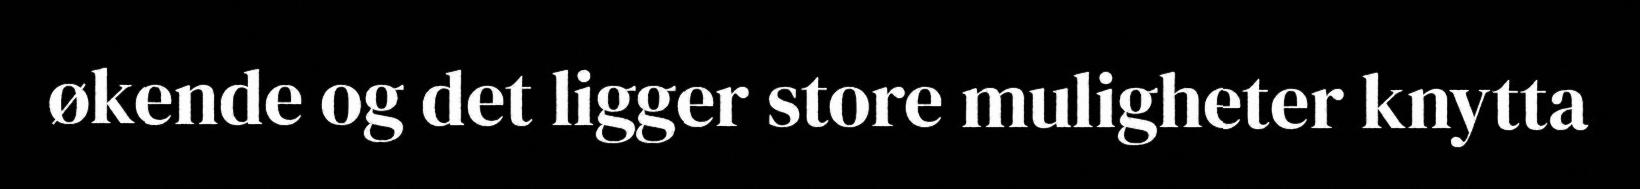
økende og det ligger store muligheter knytta